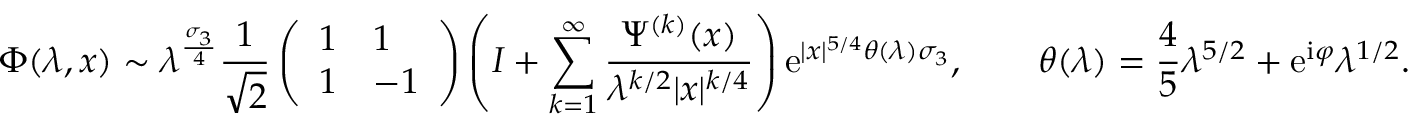
\Phi ( \lambda , x ) \sim \lambda ^ { \frac { \sigma _ { 3 } } { 4 } } \frac { 1 } { \sqrt { 2 } } \left( \begin{array} { l l } { 1 } & { 1 } \\ { 1 } & { - 1 } \end{array} \right) \left( I + \sum _ { k = 1 } ^ { \infty } \frac { \Psi ^ { ( k ) } ( x ) } { \lambda ^ { k / 2 } | x | ^ { k / 4 } } \right) \mathrm { e } ^ { | x | ^ { 5 / 4 } \theta ( \lambda ) \sigma _ { 3 } } , \qquad \theta ( \lambda ) = \frac { 4 } { 5 } \lambda ^ { 5 / 2 } + \mathrm { e } ^ { \mathrm { i } \varphi } \lambda ^ { 1 / 2 } .